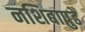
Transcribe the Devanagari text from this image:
नशिबापुढे